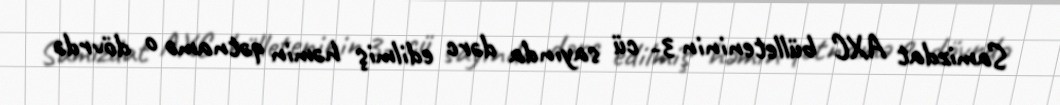
Samizdat AXC bülleteninin 3- cü sayında dərc edilmiş həmin qətnamə o dövrdə